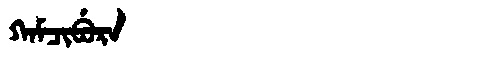
Manchu: ᡴᠠᠮᠴᡳᠪᡠᡵᠠ
Romanization: KAMCIBURA